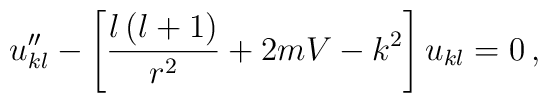
u''_{kl}-\left[\frac{l\left(l+1\right)}{r^2}+2mV-k^2\right]u_{kl}=0\,,